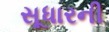
સૂધારની